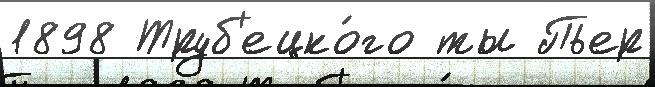
1898 Труб'ецко́го ты Пьер